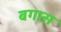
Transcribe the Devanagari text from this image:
बगास